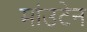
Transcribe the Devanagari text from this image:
मांउटेन